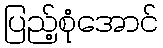
ပြည့်စုံအောင်